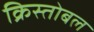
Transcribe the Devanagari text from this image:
क्रिस्तोबल